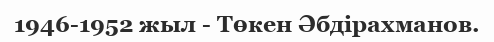
1946-1952 жыл - Төкен Әбдірахманов.